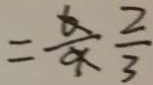
= \frac { 6 } { 9 } \frac { 2 } { 3 }